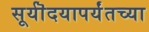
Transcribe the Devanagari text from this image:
सूर्यॊदयापर्यंतच्या